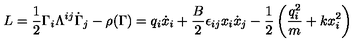
L = \frac { 1 } { 2 } \Gamma _ { i } \Lambda ^ { i j } \dot { \Gamma } _ { j } - \rho ( \Gamma ) = q _ { i } \dot { x } _ { i } + \frac { B } { 2 } \epsilon _ { i j } x _ { i } \dot { x } _ { j } - \frac { 1 } { 2 } \left( \frac { q _ { i } ^ { 2 } } { m } + k x _ { i } ^ { 2 } \right)